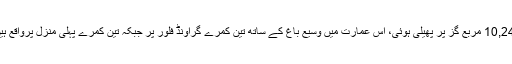
10,241 مربع گز پر پھیلی ہوئی، اس عمارت میں وسیع باغ کے ساتھ تین کمرے گراؤنڈ فلور پر جبکہ تین کمرے پہلی منزل پرواقع ہیں ۔